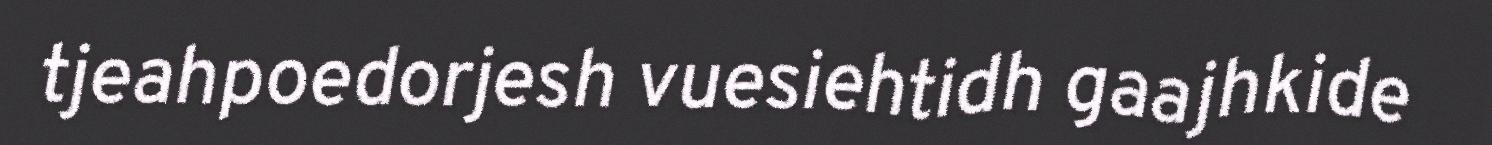
tjeahpoedorjesh vuesiehtidh gaajhkide